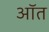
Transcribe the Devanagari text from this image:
ऑत